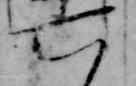
六